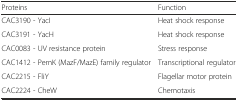
<table><thead><tr><td><b>Proteins</b></td><td><b>Function</b></td></tr></thead><tbody><tr><td>CAC3190 - YacI</td><td>Heat shock response</td></tr><tr><td>CAC3191 - YacH</td><td>Heat shock response</td></tr><tr><td>CAC0083 - UV resistance protein</td><td>Stress response</td></tr><tr><td>CAC1412 - PemK (MazF/MazE) family regulator</td><td>Transcriptional regulator</td></tr><tr><td>CAC2215 - FliY</td><td>Flagellar motor protein</td></tr><tr><td>CAC2224 - CheW</td><td>Chemotaxis</td></tr></tbody></table>